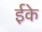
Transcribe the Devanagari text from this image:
ईके